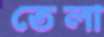
তেলা